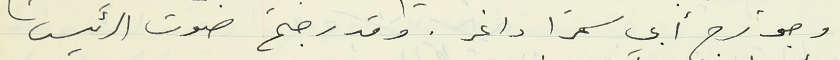
وجورج أبي سمرا داغر. وقد رجح صوت الرئيس